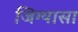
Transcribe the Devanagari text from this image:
जिग्यासा